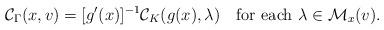
LaTeX: \begin{align*} \mathcal{C}_{\Gamma}(x,v)=[g'(x)]^{-1}\mathcal{C}_K(g(x),\lambda) \quad{\rm for\ each}\ \lambda\in\mathcal{M}_{x}(v). \end{align*}